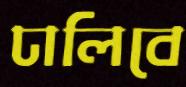
ঢালিবে